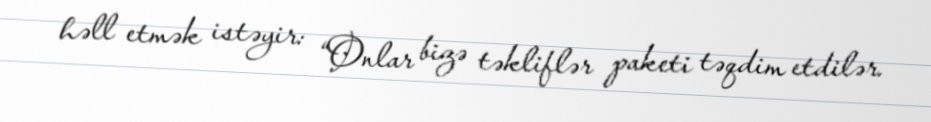
həll etmək istəyir: “Onlar bizə təkliflər paketi təqdim etdilər.